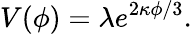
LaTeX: V(\phi)=\lambda e^{2\kappa\phi/3}.